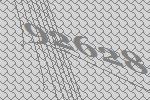
92628